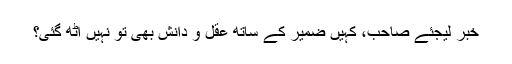
خبر لیجئے صاحب، کہیں ضمیر کے ساتھ عقل و دانش بھی تو نہیں اٹھ گئی؟